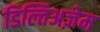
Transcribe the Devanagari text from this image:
डिल्तिअज़ेम